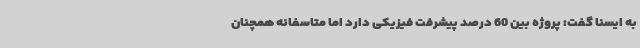
به ایسنا گفت: پروژه بین 60 درصد پیشرفت فیزیکی دارد اما متاسفانه همچنان